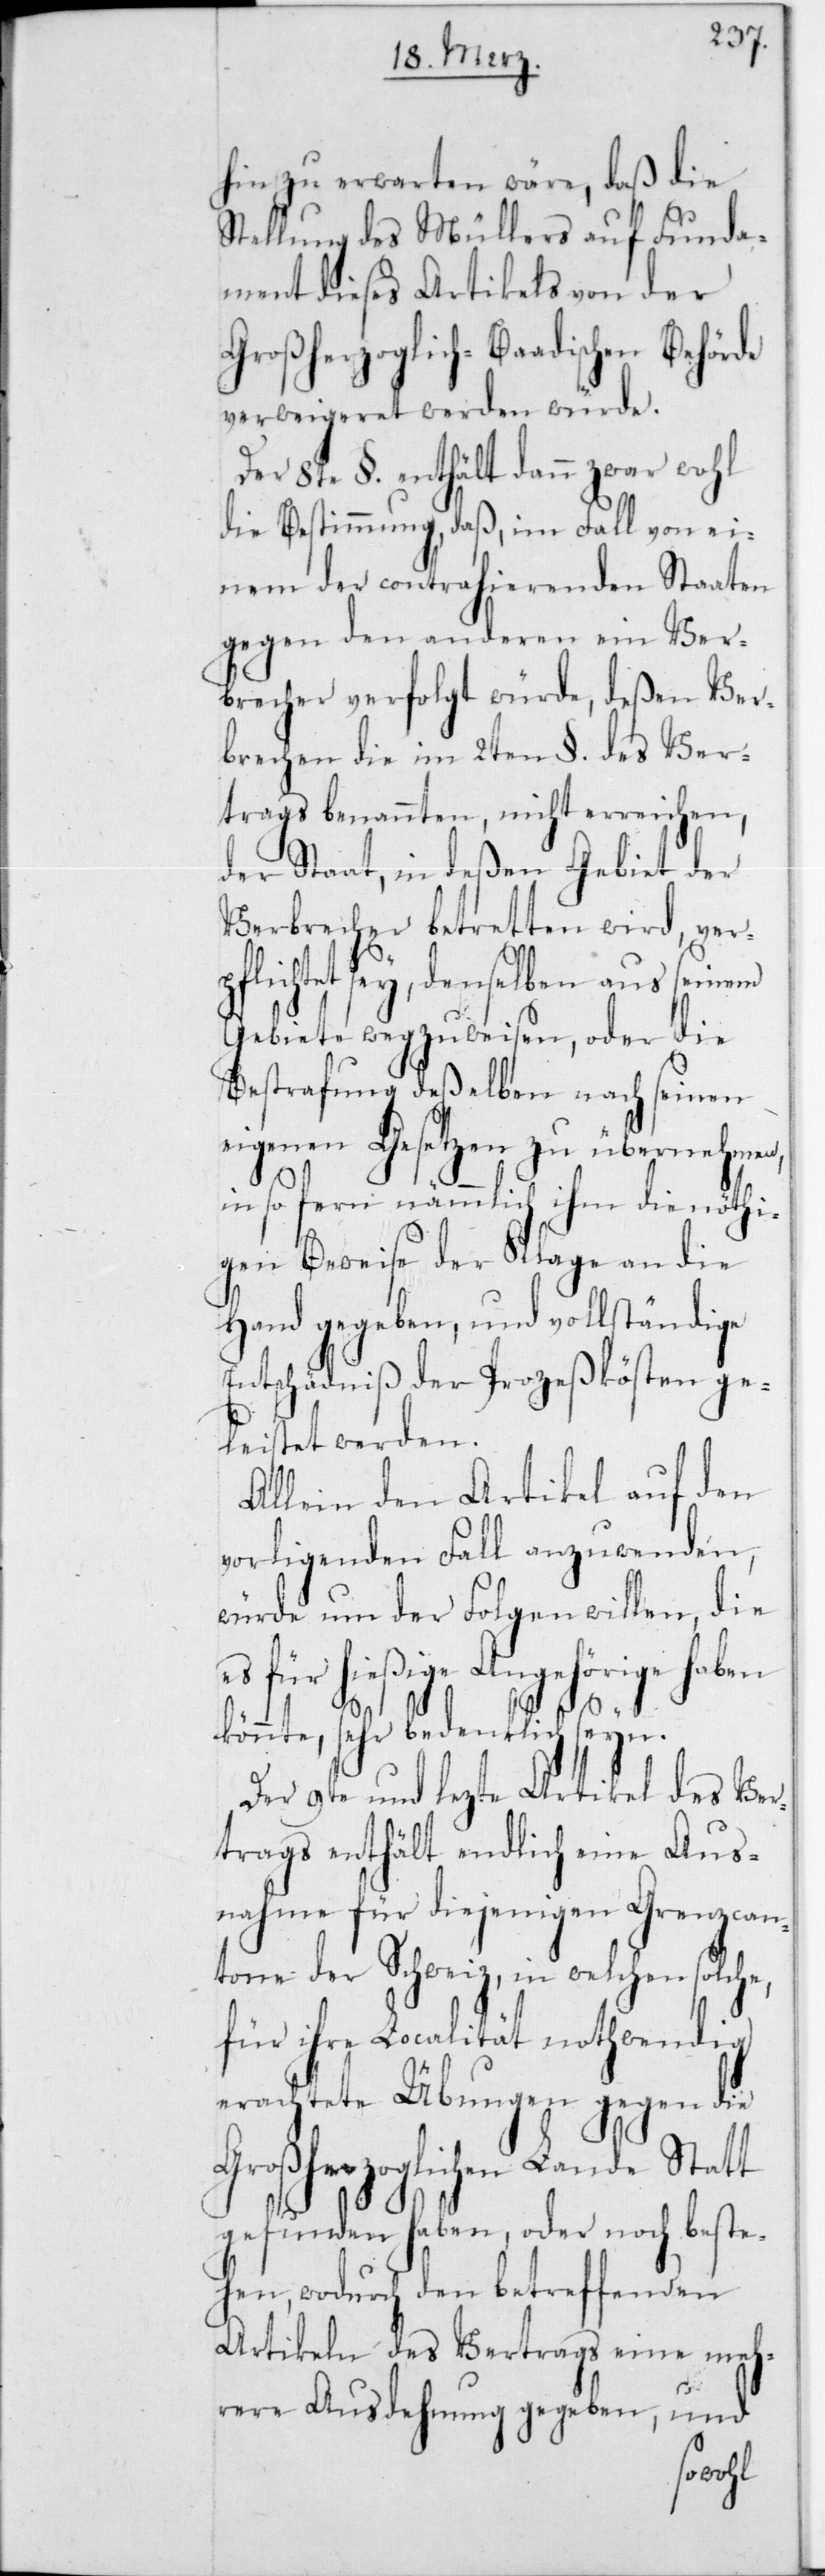
hin zu erwarten wäre, daß die
Stellung des Müllers auf Funda¬
ment dieses Artikels von der
Großherzoglich-Baadischen Behörde
verweigeret werden würde.
Der 8te § enthält dann zwar wohl
die Bestimmung, daß, im Fall von ei¬
nem der contrahierenden Staaten
gegen den anderen ein Ver¬
brecher verfolgt würde, deßen Ver¬
brechen die im 2ten § des Ver¬
trags benannten, nicht erreichen,
der Staat, in deßen Gebiet der
Verbrecher betretten wird, ver¬
pflichtet sey, denselben aus seinem
Gebiete wegzuweisen, oder die
Bestrafung deßelben nach seinen
eigenen Gesetzen zu übernehmen,
in so fern nämmlich ihm die nöthi¬
gen Beweise der Klage an die
Hand gegeben, und vollständige
Entschädniß der Prozeßkösten ge¬
leistet werden.
Allein den Artikel auf den
vorliegenden Fall anzuwenden,
würde um der Folgen willen, die
es für hießige Angehörige haben
könnte, sehr bedenklich seyn.
Der 9te und lezte Artikel des Ver¬
trags enthält endlich eine Aus¬
nahme für diejenigen Grenzcan¬
tone der Schweiz, in welchen solche,
für ihre Localität nothwendig
erachtete Übungen gegen die
Großherzoglichen Lande Statt
gefunden haben, oder noch beste¬
hen, wodurch den betreffenden
Artikeln des Vertrags eine meh¬
rere Ausdehnung gegeben, und
berühr-